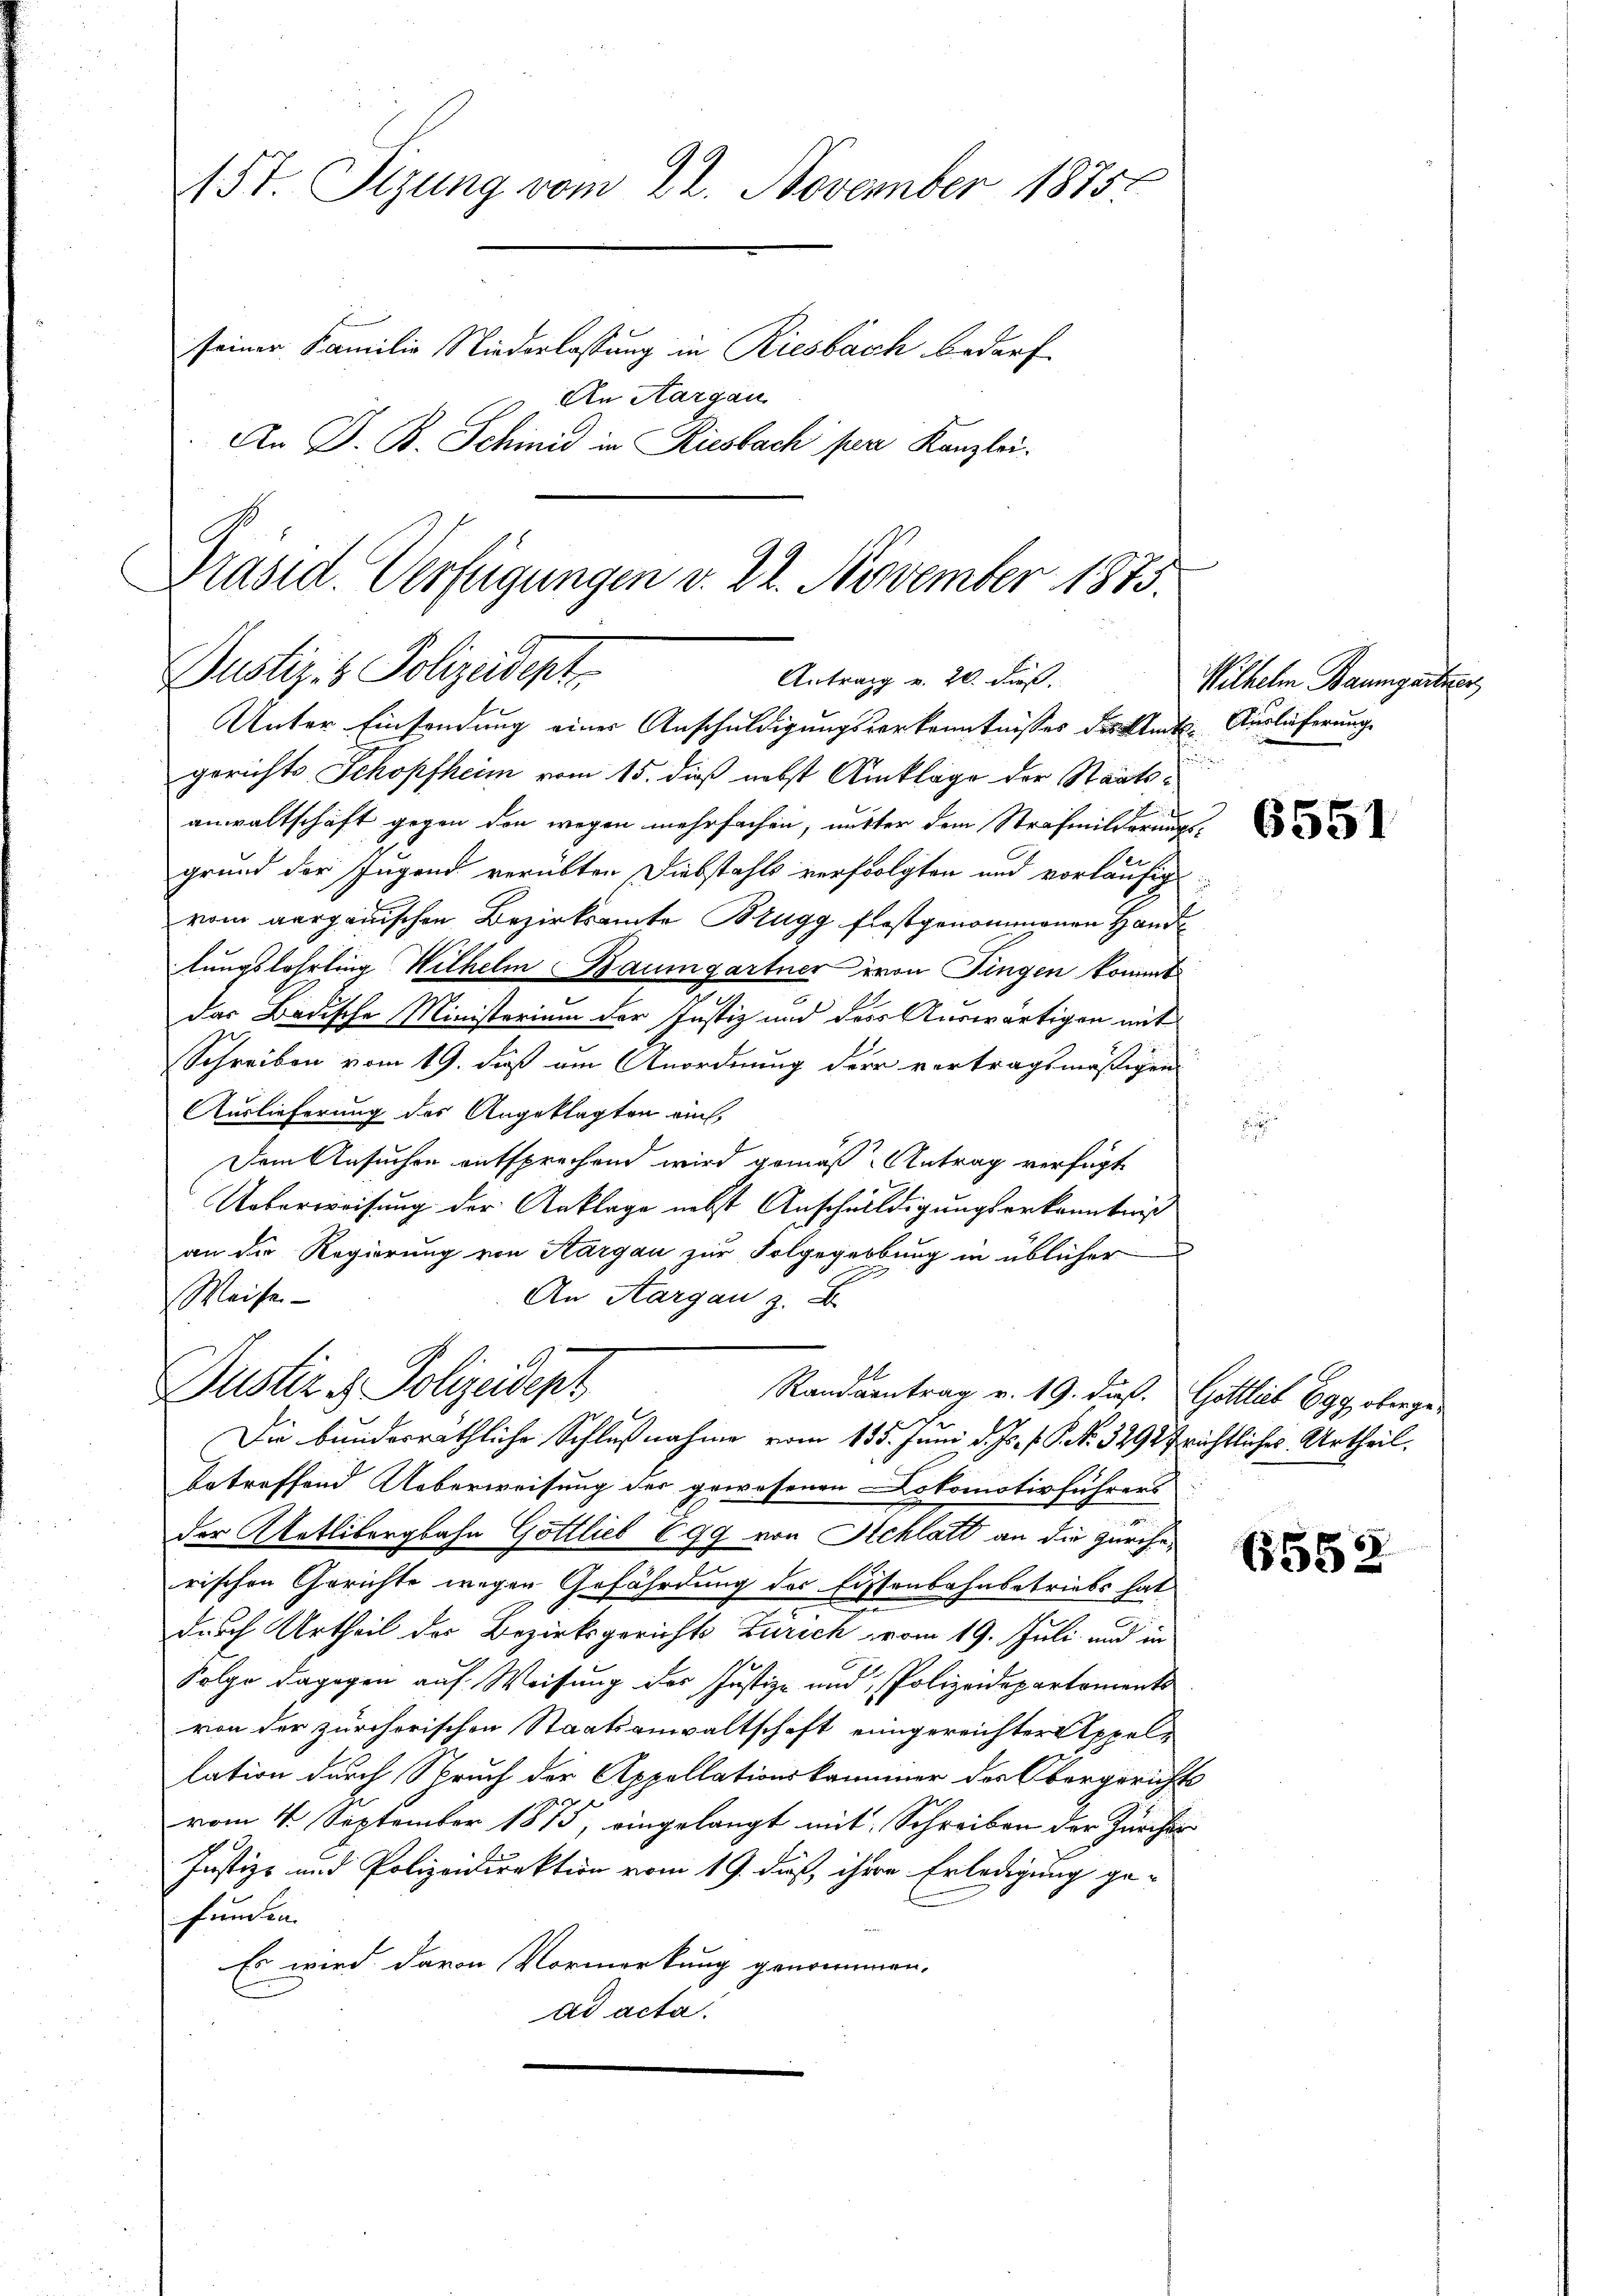
15t. Sizung vom 22. November 18750
seiner Familie Niederlassung in Riesbach bedarf.
An Aargau
An J. B. Schinid in Riesbach per Kanzlei.

Justiz- & Polizeidente
Antrag v. 20. Fuß.
Unter Einsendung einer Anschuldigungsverkenntnißes des Amt. Auslieferung
gerichts Schopfheim vom 15. dieß nebst Anklage der Staats¬

Präsid. Verfügungen v. 22. November 1873.

Justiz & Polizeidigt

anwaltschaft gegen den wegen mehrfachen, unter dem Strafmilderungsgrund der Ingend verübten Diebstahls verfolgten und vorläufig
vom aargauischen Bezirksamte Brugg festgenommenen Hande
lungslohrling Wilhelm Baumgartner von Fingen kommt
das Badische Ministerium der Justiz und des Auswärtigen mit
Schreiben vom 19. daß am Anordnung der vertragsmäßigen
Auslieferung des Angeklagten ein
Dem Ansuchen entsprechend wird gemäß Antrag verfügt
Ueberweisung der Anklage nebst Anschuldigungserkanntniß
an die Regierung von Aargau zur Folgegebung in üblicher
An Aargau z. B
Weise
Die bunderräthliche Schlußnahme vom 135. Juni d. Js. f. P. Nr. 3292 frichtliches Urtheil.
betreffend Ueberweisung der gewesenen Lokomotivführers
der Metlibergbahn Gottlieb 699 von Schlatt an die zürcherischen Gerichte wegen Gefährdung des Eisenbahnbetriebs hat
durch Urtheil des Bezirksgerichts Zürich vom 19. Juli und in
Folge dagegen auf Weisung des Justiz- und Polizeidepartements
von der zürchorischen Staatsanwaltschaft eingereichter Appellation durch Spruch der Appellationskammer des Obergerichts
vom 4. September 1875, eingelangt mit Schreiben der Zürcher
Justiz- und Polizeidirektion vom 19. daß ihre Erledigung ge-
funden
Es wird davon Vormerkung genommen.
ad acta.

Randsantrag v. 19. dieß. Gottlich 699 oberge¬

Wilhelm Baumgartne

6551

2

655.